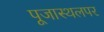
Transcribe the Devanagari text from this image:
पूजास्थलपर